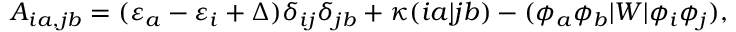
A _ { i a , j b } = ( \varepsilon _ { a } - \varepsilon _ { i } + \Delta ) \delta _ { i j } \delta _ { j b } + \kappa ( i a | j b ) - ( \phi _ { a } \phi _ { b } | W | \phi _ { i } \phi _ { j } ) ,